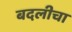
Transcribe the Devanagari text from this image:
बदलीचा